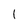
Character: l